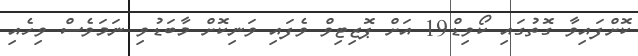
ކޮށްފައިވާ ގޮތުގައި ކޯވިޑް19 އަށް ޕޮޒިޓިވް ވެފައި ވަނިކޮށް މާބަޑުވި ނަމަވެސް ވިހެއި